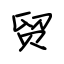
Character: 贸